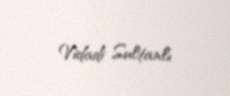
Vidadi Sultanlı